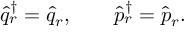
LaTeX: \widehat q _ { r } ^ { \dagger } = \widehat q _ { r } , \qquad \widehat p _ { r } ^ { \dagger } = \widehat p _ { r } .